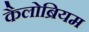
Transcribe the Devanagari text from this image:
कैलोब्रियम